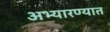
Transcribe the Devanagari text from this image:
अभ्यारण्यात